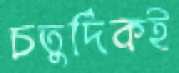
চতুর্দিকই